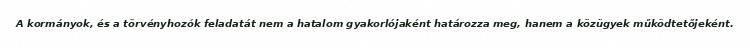
A kormányok, és a törvényhozók feladatát nem a hatalom gyakorlójaként határozza meg, hanem a közügyek működtetőjeként.